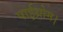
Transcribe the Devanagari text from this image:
पाईथ्रोम।